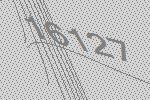
16127